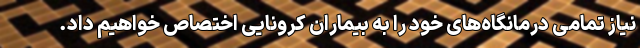
نیاز تمامی درمانگاه‌های خود را به بیماران کرونایی اختصاص خواهیم داد.